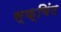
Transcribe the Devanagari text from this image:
स्क्विंट